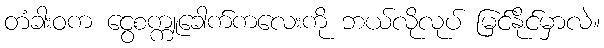
တံခါးဝက ငွေစက္ကူခေါက်ကလေးကို ဘယ်လိုလုပ် မြင်နိုင်မှာလဲ။